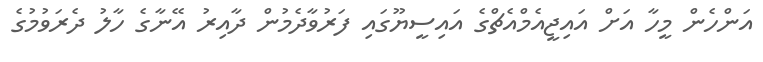
އަންހެން މީހާ އަށް އައިޖީއެމްއެޗްގެ އައިސީޔޫގައި ފަރުވާދެމުން ދާއިރު އޭނާގެ ހާލު ދެރަވުމުގެ